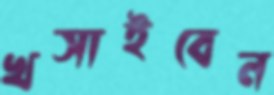
খসাইবেন